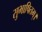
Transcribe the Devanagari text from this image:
सुभाषितम्।